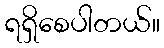
ရရှိစေပါတယ်။